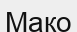
Мако